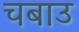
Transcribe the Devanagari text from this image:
चबाउ